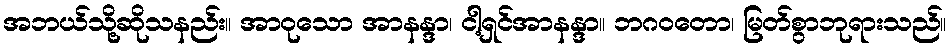
အဘယ်သို့ဆိုသနည်း။ အာဝုသော အာနန္ဒာ၊ ငါ့ရှင်အာနန္ဒာ။ ဘဂဝတော၊ မြတ်စွာဘုရားသည်။